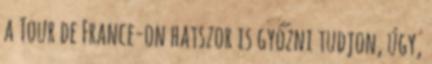
a Tour de France-on hatszor is győzni tudjon, úgy,